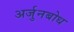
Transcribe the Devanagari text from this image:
अर्जुनबोध